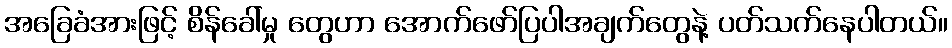
အခြေခံအားဖြင့် စိန်ခေါ်မှု တွေဟာ အောက်ဖော်ပြပါအချက်တွေနဲ့ ပတ်သက်နေပါတယ်။